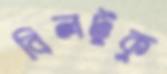
বিলটুকু